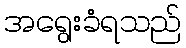
အရွေးခံရသည်